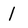
Character: 1